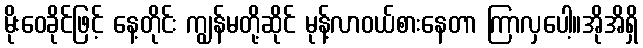
မိုးဝေခိုင်ဖြင့် နေ့တိုင်း ကျွန်မတို့ဆိုင် မုန့်လာဝယ်စားနေတာ ကြာလှပေါ့။အိုအိရှိ